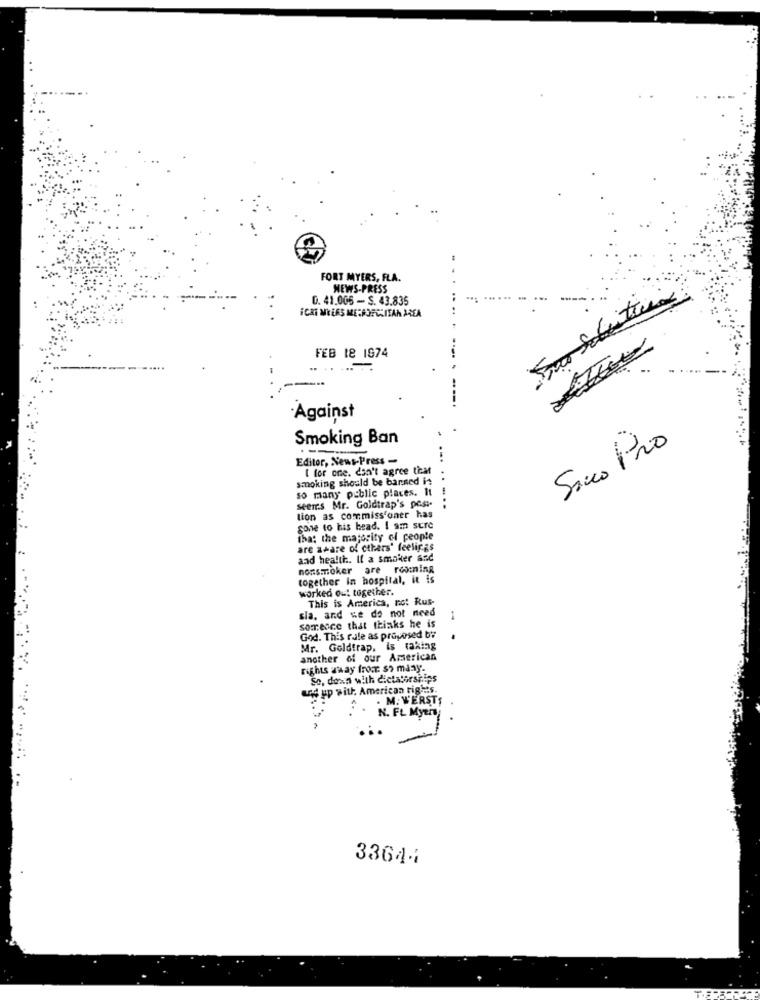
FORT MYERS, FLA.
NEWS-PRESS
Sas Solitica
0. 41.005 - S. 43.835
ICKT ME LES MERPOFCLITAN AREA
.4
FEB 18 1874
--.
Against
Smoking Ban
Sacco Pro
Editor, News-Press -
...
I for one. don't agree ticat
smoking should be banned in
so many public places. It !
seers Mr. Goldtrap's pest-
.....
tion as commiss'oner has
gone to his head. I am sure
that the majority of people
are aware of others' feelings
and health .. Il a smoker and
nonsmoker are roomning
together in hospital, it is
worked out together.
This is America, not Rus-
sla, and we do not need
1
somesce that thinks he is
God. This rule as proposed by
Mr. Goldtrap, Is taking
another of our American
rights away fromr. so many-
So, down with dictatorships
LA up with. American rights.
. M. W'ERSTS
:
N. FL Myers
33644